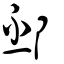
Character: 邳